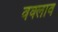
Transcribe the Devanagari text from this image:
वक्लाव